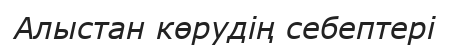
Алыстан көрудің себептері